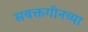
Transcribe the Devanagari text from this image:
सबक्तगीनच्या